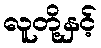
လူတို့နှင့်